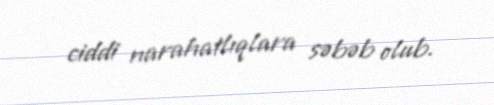
ciddi narahatlıqlara səbəb olub.